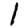
Digit: 1